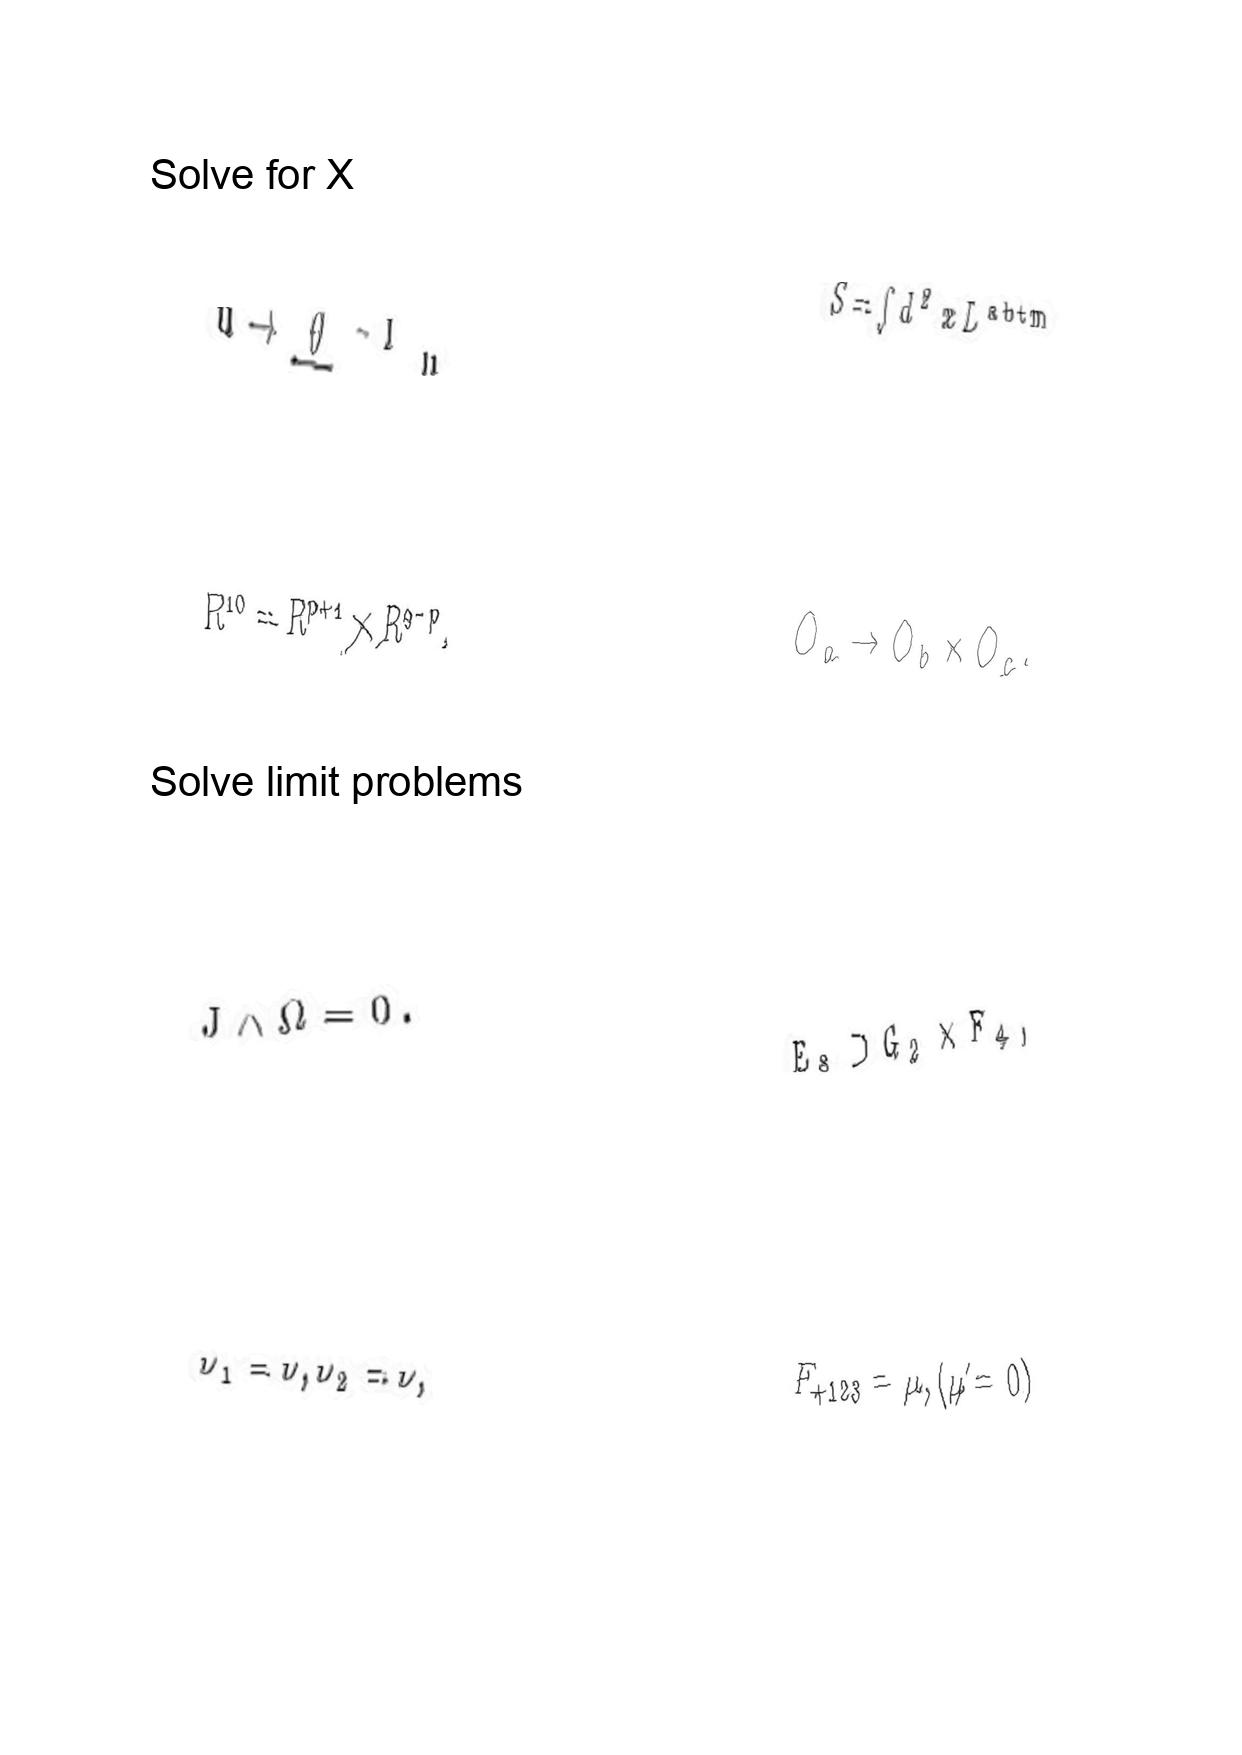
LaTeX transcription:
u \rightarrow \underline { \theta } ^ { - 1 } u
R ^ { 1 0 } = R ^ { p + 1 } \times R ^ { 9 - p } ,
J \wedge \Omega = 0 .
\nu _ { 1 } = \nu , \nu _ { 2 } = \nu ,
S = \int d ^ { 2 } x L ^ { \mathrm { a b t m } }
O _ { a } \rightarrow O _ { b } \times O _ { c } .
E _ { 8 } \supset G _ { 2 } \times F _ { 4 } ,
F _ { + 1 2 3 } = \mu , \lparen \mu \neq 0 \rparen